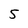
Character: 5